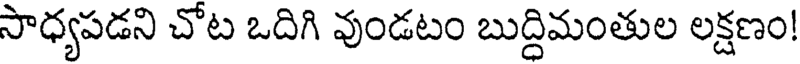
సాధ్యపడని చోట ఒదిగి వుండటం బుద్దిమంతుల లక్షణం!